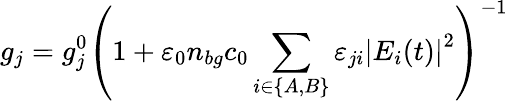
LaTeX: g_{j}=g_{j}^{0}\left(1+\varepsilon_{0}n_{bg}c_{0}\sum_{i\in\{ A,B\} }\varepsilon_{ji}\left|E_{i}(t)\right|^{2}\right)^{-1}